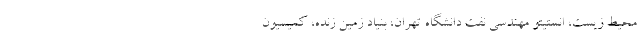
محیط زیست، انستیتو مهندسی نفت دانشگاه تهران، بنیاد زمین زنده، کمیسیون